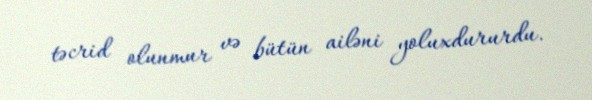
təcrid olunmur və bütün ailəni yoluxdururdu.